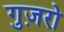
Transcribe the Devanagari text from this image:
गुज़रो